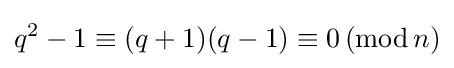
q^{2}-1\equiv (q+1)(q-1)\equiv 0\,({\text{mod}}\,n)